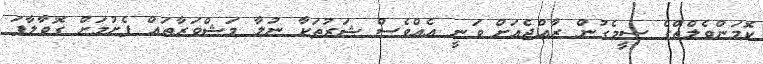
ކޮމަންވެލްތްގެ ސީމެގުން ރާއްޖެއަށް ވަނީ އެއްވެސް ޝަރުތަކާ ނުލާ މަޝްވަރާތައް ފެށުމަށް ގޮވާލާފަ